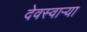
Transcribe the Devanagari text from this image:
देवस्वार्‍या